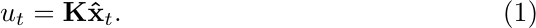
\begin{equation}
\label{control_law}
u_t=\mathbf{K} \mathbf{\hat{x}}_t.
\end{equation}